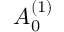
A _ { 0 } ^ { ( 1 ) }